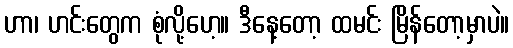
ဟာ၊ ဟင်းတွေက စုံလို့ဟေ့။ ဒီနေ့တော့ ထမင်း မြိန်တော့မှာပဲ။